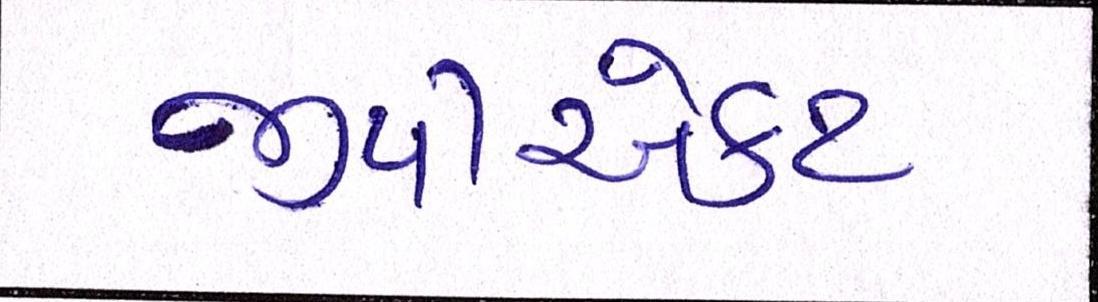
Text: જીપીએકટ